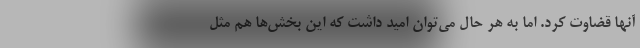
آنها قضاوت کرد. اما به هر حال می‌توان امید داشت که این بخش‌ها هم مثل